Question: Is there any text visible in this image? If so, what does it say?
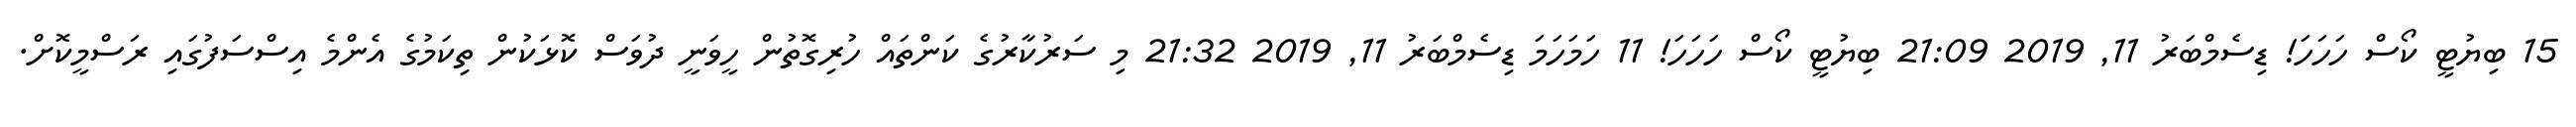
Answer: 15 ބިޔުޓީ ކޯސް ހަހަހަ! ޑިސެމްބަރު 11, 2019 21:09 ބިޔުޓީ ކޯސް ހަހަހަ! 11 ހަމަހަމަ ޑިސެމްބަރު 11, 2019 21:32 މި ސަރުކާރުގެ ކަންތައް ހުރިގޮތުން ހީވަނީ ދުވަސް ކޮޅަކުން ތިކަމުގެ އެންމެ އިސްސަފުގައި ރަސްމީކޮށް.